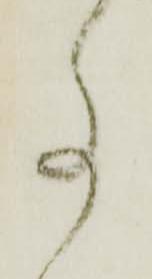
事